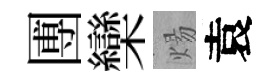
圑欒煬袁